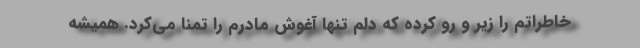
خاطراتم را زیر و رو کرده که دلم تنها آغوش مادرم را تمنا می‌کرد. همیشه